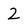
Character: 2